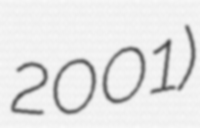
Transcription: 2001)